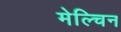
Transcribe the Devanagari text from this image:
मेल्चिन